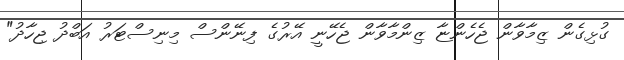
ގުޅިގެން ޒިމާވާން ޖެހެންޏާ ޒިންމާވާން ޖެހޭނީ އޭރުގެ ފިނޭންސް މިނިސްޓަރު އަބްދު ޖިހާދު"